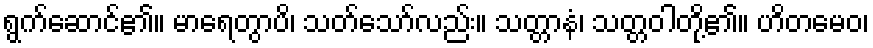
ရွက်ဆောင်၏။ မာရေတွာပိ၊ သတ်သော်လည်း။ သတ္တာနံ၊ သတ္တဝါတို့၏။ ဟိတမေဝ၊